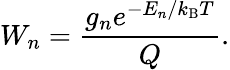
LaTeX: W_{n}=\frac{g_{n}e^{-E_{n}/k_{\mathrm{B}}T}}{Q}.